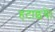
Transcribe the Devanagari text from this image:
हटाइये।